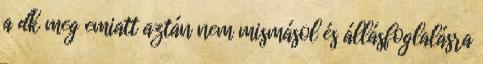
a dk meg emiatt aztán nem mismásol és állásfoglalásra